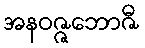
အနဝဇ္ဇဘောဇီ